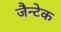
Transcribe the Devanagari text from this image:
जैन्टेक